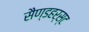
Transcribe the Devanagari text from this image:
सैण्डहर्स्ट